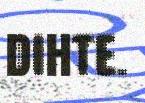
dihte.